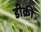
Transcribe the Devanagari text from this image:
डीक्री